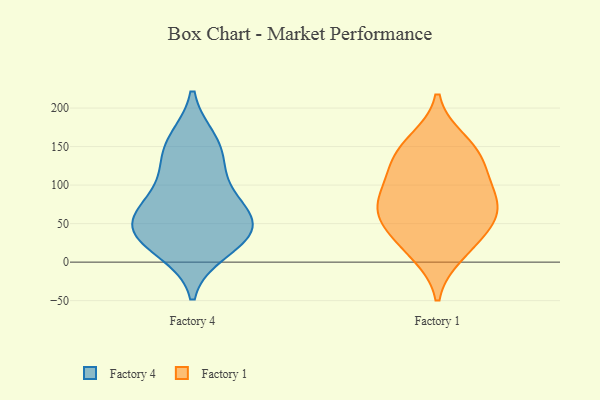
{"axis": {"x": "Demand Index", "y": "Value"}, "legend": ["Factory 1", "Factory 4"], "data": [{"x": "", "y": 68, "type": "Factory 4"}, {"x": "", "y": 39, "type": "Factory 4"}, {"x": "", "y": 43, "type": "Factory 4"}, {"x": "", "y": 125, "type": "Factory 4"}, {"x": "", "y": 65, "type": "Factory 4"}, {"x": "", "y": 48, "type": "Factory 4"}, {"x": "", "y": 150, "type": "Factory 4"}, {"x": "", "y": 28, "type": "Factory 4"}, {"x": "", "y": 94, "type": "Factory 4"}, {"x": "", "y": 157, "type": "Factory 4"}, {"x": "", "y": 16, "type": "Factory 4"}, {"x": "", "y": 61, "type": "Factory 1"}, {"x": "", "y": 26, "type": "Factory 1"}, {"x": "", "y": 156, "type": "Factory 1"}, {"x": "", "y": 139, "type": "Factory 1"}, {"x": "", "y": 90, "type": "Factory 1"}, {"x": "", "y": 111, "type": "Factory 1"}, {"x": "", "y": 136, "type": "Factory 1"}, {"x": "", "y": 66, "type": "Factory 1"}, {"x": "", "y": 52, "type": "Factory 1"}, {"x": "", "y": 12, "type": "Factory 1"}, {"x": "", "y": 79, "type": "Factory 1"}]}